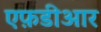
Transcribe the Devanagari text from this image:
एफ़डीआर